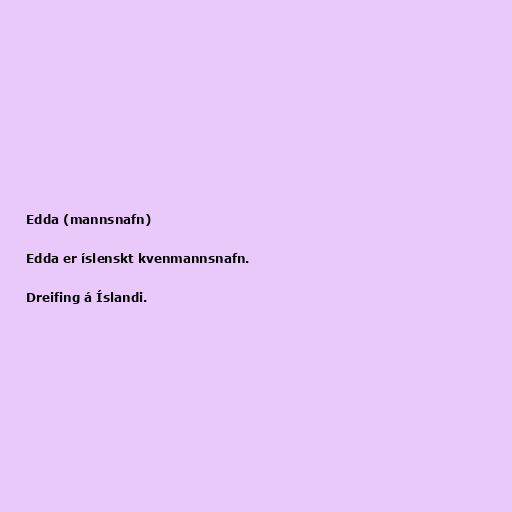
Edda (mannsnafn)

Edda er íslenskt kvenmannsnafn.

Dreifing á Íslandi.